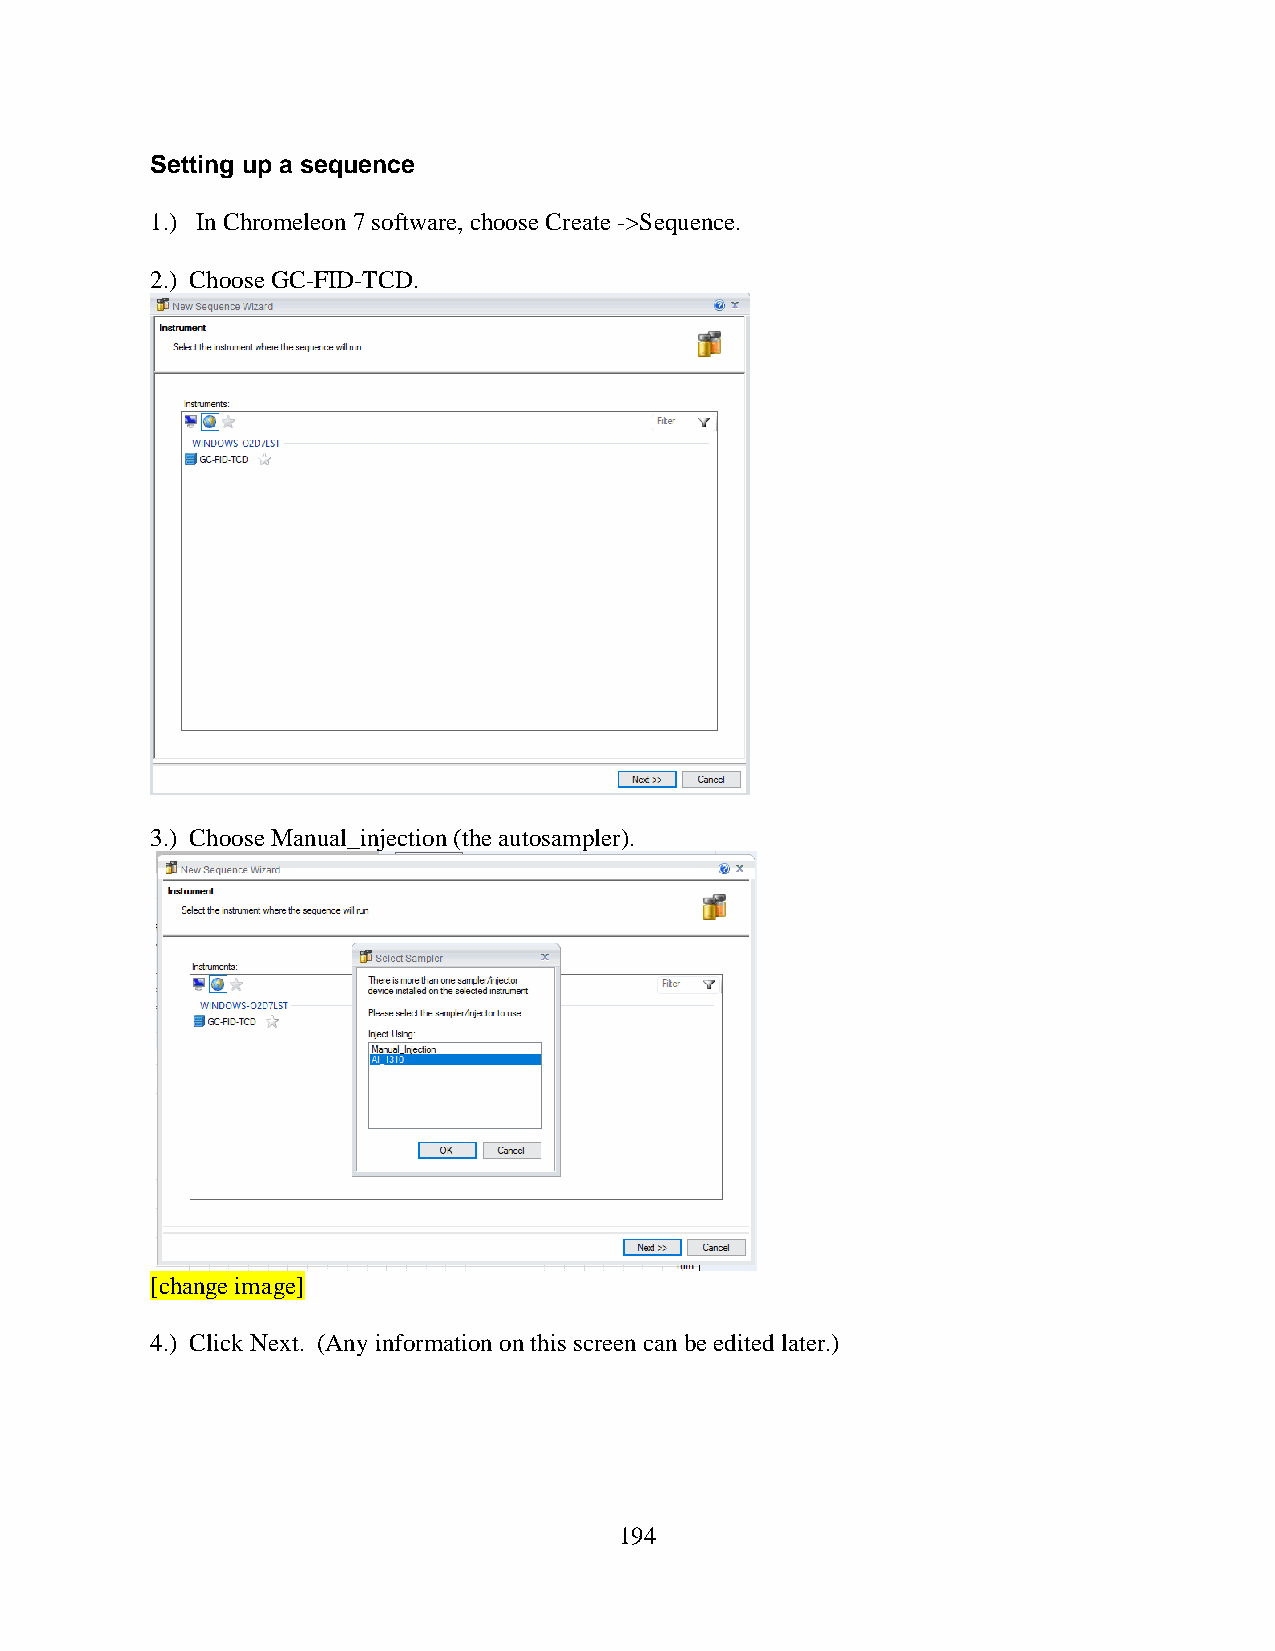
Setting up a sequence
 1.) In Chromeleon 7 software, choose Create ->Sequence.
 2.) Choose GC-FID-TCD.
 3.) Choose Manual_injection (the autosampler).
 [change image]
 4.) Click Next. (Any information on this screen can be edited later.)
 194